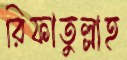
রিফাতুল্লাহ